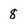
Character: 8